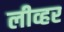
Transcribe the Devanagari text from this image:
लीव्हर